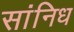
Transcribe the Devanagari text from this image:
सांनिध